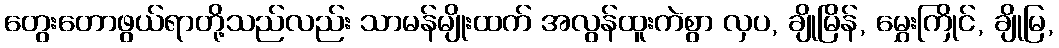
တွေးတောဖွယ်ရာတို့သည်လည်း သာမန်မျိုးထက် အလွန်ထူးကဲစွာ လှပ, ချိုမြိန်, မွှေးကြိုင်, ချိုမြ,